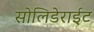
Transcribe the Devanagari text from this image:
सोलिडेराईट